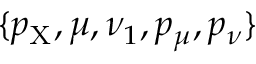
\{ p _ { \mathrm { X } } , \mu , \nu _ { 1 } , p _ { \mu } , p _ { \nu } \}